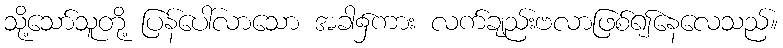
သို့သော်သူတို့ ပြန်ပေါ်လာသော အခါ၌ကား လက်ချည်းဗလာဖြစ်၍နေလေသည်။